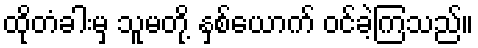
ထိုတံခါးမှ သူမတို့ နှစ်ယောက် ဝင်ခဲ့ကြသည်။